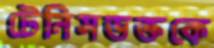
টেনিসভক্তকে